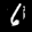
Label: 6